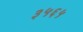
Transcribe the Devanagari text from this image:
३५६५